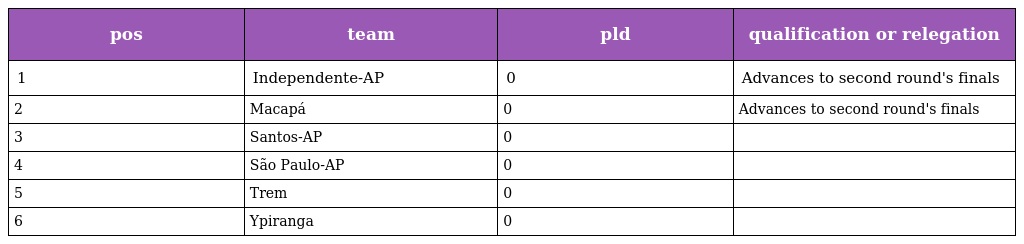
| pos | team | pld | qualification or relegation |
 | --- | --- | --- | --- |
 | 1 | Independente-AP | 0 | Advances to second round's finals |
 | 2 | Macapá | 0 | Advances to second round's finals |
 | 3 | Santos-AP | 0 |  |
 | 4 | São Paulo-AP | 0 |  |
 | 5 | Trem | 0 |  |
 | 6 | Ypiranga | 0 |  |